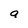
Character: a